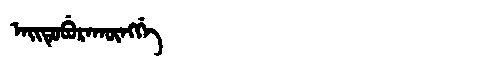
Manchu: ᠠᡳᡨᡠᠪᡠᡵᠠᡴᡡᠩᡤᡝ
Romanization: AITUBURAKŪNGGE